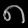
Digit: ၈